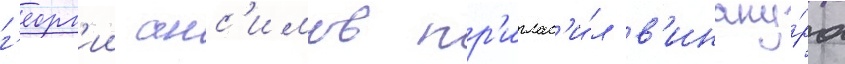
г'еорг'ии анс'имов пр'иглас'и́л в'иноку́ра